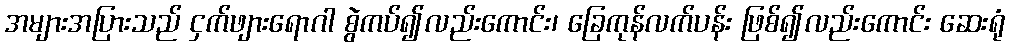
အများအပြားသည် ငှက်ဖျားရောဂါ စွဲကပ်၍လည်းကောင်း၊ ခြေကုန်လက်ပန်း ဖြစ်၍လည်းကောင်း ဆေးရုံ